Vaccination in Bombay 1902-1912 - 1902-1912
Year: 1902
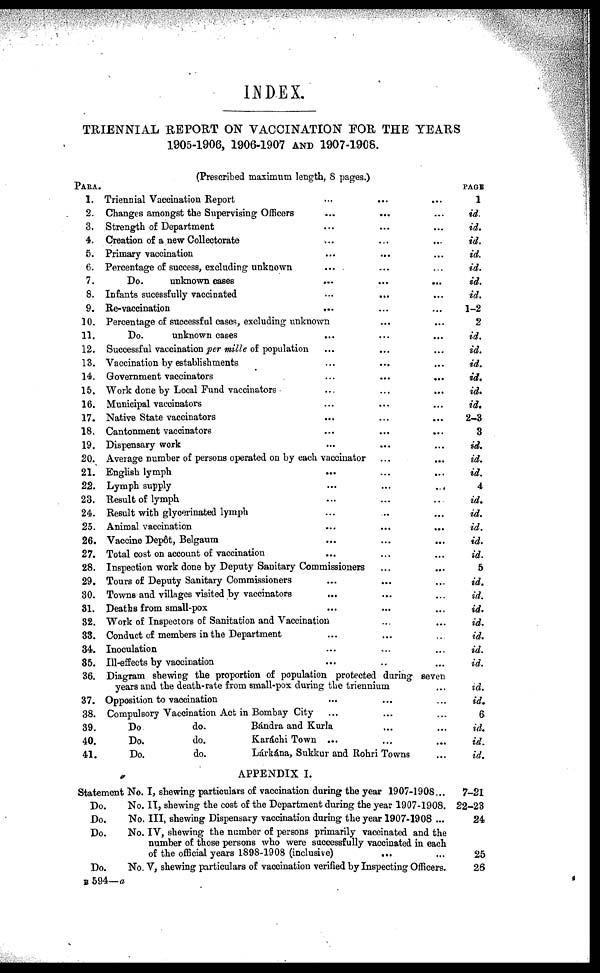
INDEX.
TRIENNIAL REPORT ON VACCINATION FOR THE YEARS
1905-1906, 1906-1907 AND 1907-1908.
PARA.
1.
2.
3.
4.
5.
6.
7.
8.
9.
10.
11.
12.
13.
14.
15.
16.
17.
18.
19.
20.
21.
22.
23.
24.
25.
26.
27.
28.
29.
30.
31.
32.
33.
34.
35.
36.
37.
38.
39.
40.
41.
(Prescribed maximum length, 8 pages.)
Triennial Vaccination Report ... ... ...
Changes amongst the Supervising Officers ... ... ...
Strength of Department ... ... ...
Creation of a new Collectorate
... ... ...
Primary vaccination ... ... ...
Percentage of success, excluding unknown ... ... ...
Do.
unknown cases ... ... ...
Infants sucessfully vaccinated ... ... ...
Re-vaccination ... ... ...
Percentage of successful cases, excluding unknown ... ...
Do.
unknown cases ... ... ...
Successful vaccination per mille of population ... ... ...
Vaccination by establishments ... ... ...
Government vaccinators
...
...
...
Work done by Local Fund vaccinators ... ... ...
Municipal vaccinators ... ... ...
Native State vaccinators ... ... ...
Cantonment vaccinators ... ... ...
Dispensary work ... ... ...
Average number of persons operated on by each vaccinator ... ...
English lymph
... ... ...
Lymph supply ... ... ...
Result of lymph ... ... ...
Result with glycerinated lymph ... ... ...
Animal vaccination ... ... ...
Vaccine Depôt, Belgaum ... ... ...
Total cost on account of vaccination ... ... ...
Inspection work done by Deputy Sanitary Commissioners ... ...
Tours of Deputy Sanitary Commissioners ... ...
Towns and villages visited by vaccinators
... ... ...
Deaths from small-pox ... ... ...
Work of Inspectors of Sanitation and Vaccination ... ...
Conduct of members in the Department ... ... ...
Inoculation ... ... ... ...
Ill-effects by vaccination ... ... ...
Diagram shewing the proportion of population protected during seven
years and the death-rate from small-pox during the triennium ...
Opposition to vaccination ... ... ...
Compulsory Vaccination Act in Bombay City ... ... ...
Do
do.
Bándra and Kurla ... ...
Do.
do.
Karáchi Town ... ... ...
Do.
do.
Lárkána, Sukkur and Rohri Towns ...
APPENDIX I.
Statement No. I, shewing particulars of vaccination during the year 1907-1908...
Do.
No. II, shewing the cost of the Department during the year 1907-1908.
Do.
No. III, shewing Dispensary vaccination during the year 1907-1908 ...
Do.
No. IV, shewing the number of persons primarily vaccinated and the
number of those persons who were successfully vaccinated in each
of the official years 1898-1908 (inclusive) ... ...
Do.
No. V, shewing particulars of vaccination verified by Inspecting Officers.
PAGE
1
id.
id.
id.
id.
id.
id.
id.
1-2
2
id.
id.
id.
id.
id.
id.
2-3
3
id.
id.
id.
4
id.
id.
id.
id.
id.
5
id.
id.
id.
id.
id.
id.
id.
id.
id.
6
id.
id.
id.
7-21
22-23
24
25
26
B 594—a